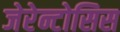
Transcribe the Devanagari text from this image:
जेरेन्टोसिस